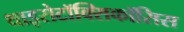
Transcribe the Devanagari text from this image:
थाइरोटॉक्सिकॉसिस